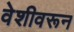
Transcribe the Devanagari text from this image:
वेशीवरून